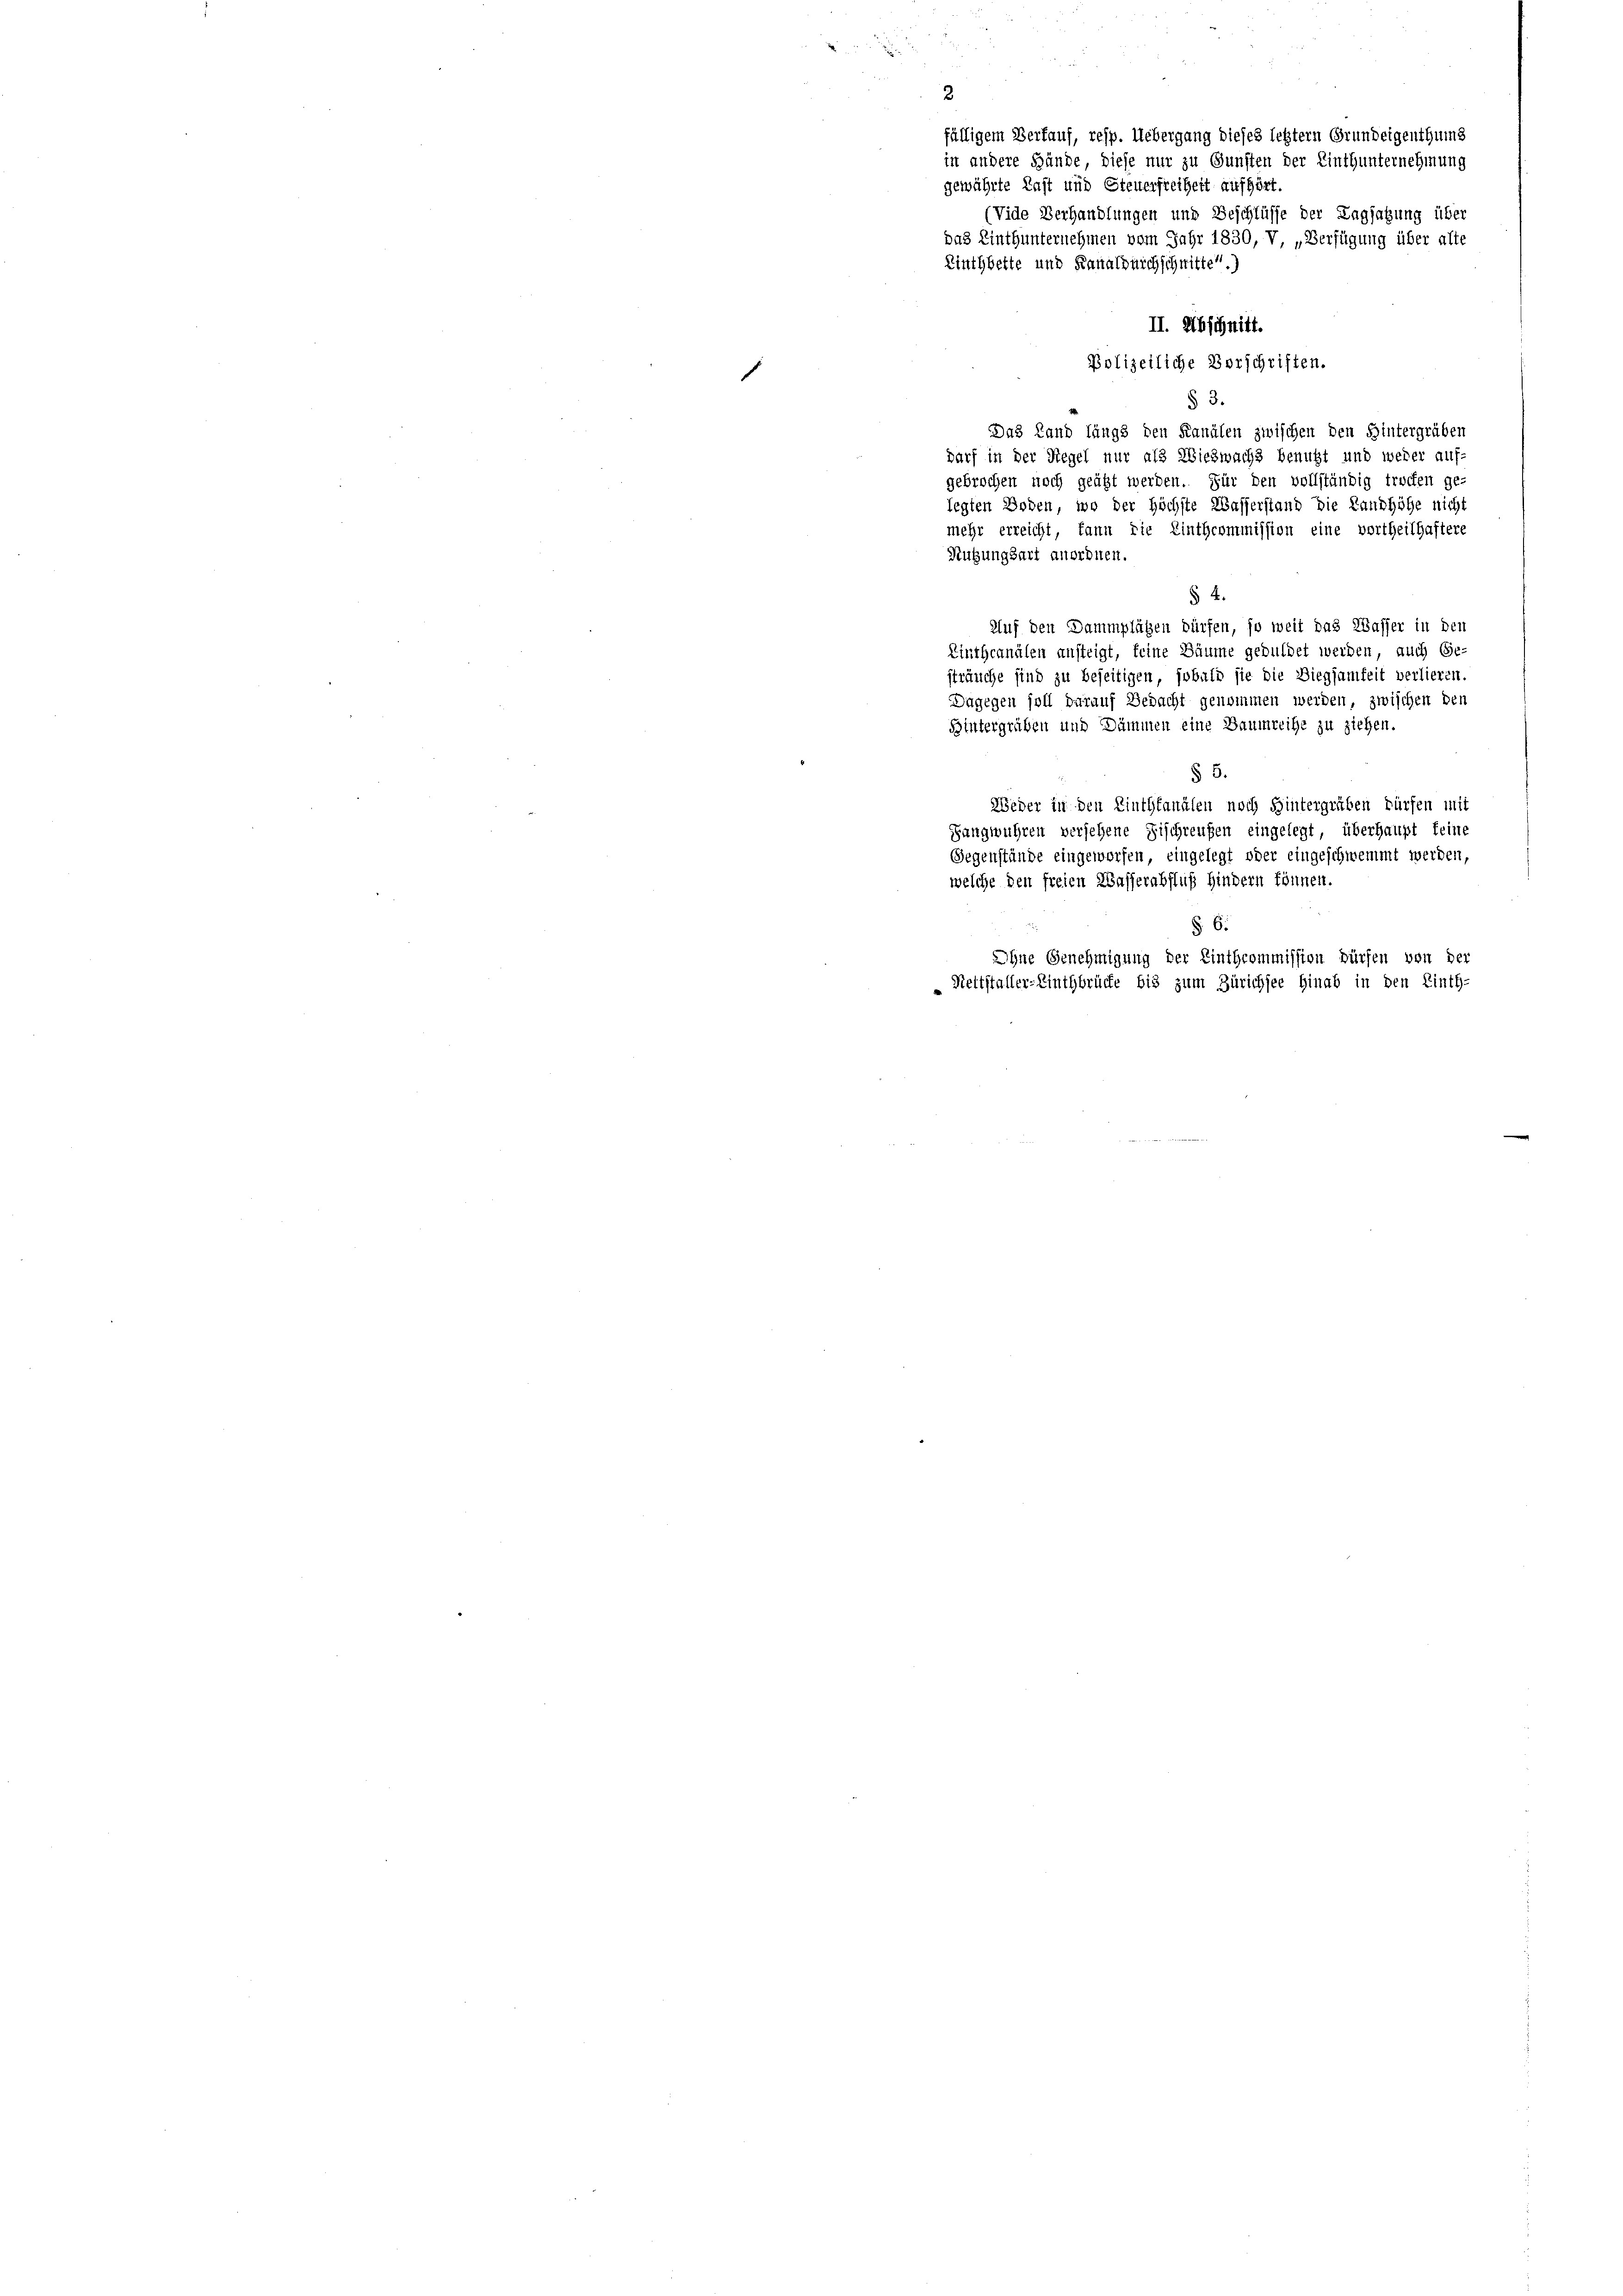
gewährte Last und Steuerfreiheit aufhört.
Linthbette und Kanalburchschnitter.)

fälligem Verfauf, resp. Uebergang dieses letztern Grundeigenthums
in andere Hände, diese nur zu Gunsten der Einthunternehmung
(Vide Verhandlungen und Beschlüsse der Tagsatzung über
das Linthunternehmen vom Jahr 1830, V, „Verfügung über alte
II. Abschnitt.
Polizeiliche Vorschriften.
f
§ 3.
Das Land längs den Kanälen zwischen den Hintergrüben
darf in der Regel nur als Wieswachs benutzt und weder auf-
gebrochen noch geäßt werden. Für den vollständig trocken ge-
legten Boden, wo der höchste Wasserstand die Landhöhe nicht
mehr erreicht, kann die Einthcommission eine vortheilhaftere
Nutzungsart anordnen.
§ 4.
Auf den Dammpläßen dürfen, so weit das Wasser in den
Linthcanälen ansteigt, feine Säume geduldet werden, auch Ge-
sträuche sind zu beseitigen, sobald sie die Biegsamkeit verlieren.
Dagegen soll darauf Bedacht genommen werden, zwischen den
Bintergräben und Dämmen eine Baumreihe zu ziehen
§ 5.
Weder in den Linthkanälen noch Hintergräben dürfen mit
Gangwühren versehene Fischreufen eingelegt, überhaupt keine
Gegenstände eingeworfen, eingelegt oder eingeschwemmt werden,
welche den freien Wasserabfluß hindern können.
§. 6.
Ohne Genehmigung der Einthcommission dürfen von der
Reitstaller-Einthbrücke bis zum Zürichsee hinab in den Einth-